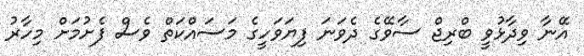
އޭނާ ވިދާޅުވީ ބްރިޖް ސާވޭގެ ދެވަނަ ފިޔަވަހީގެ މަސައްކަތް ވެސް ފެށުމަށް މިހާރު